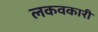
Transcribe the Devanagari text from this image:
लकवकारी